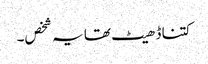
کتنا ڈھیٹ تھا یہ شخص۔